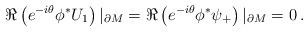
LaTeX: \begin{align*}\Re \left( e^{-i\theta}\phi^* U_1 \right)|_{\partial M}=\Re \left( e^{-i\theta}\phi^* \psi_+ \right)|_{\partial M}=0\,.\end{align*}